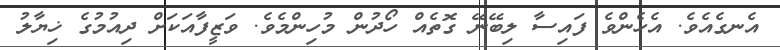
އެނގެއެވެ. އެހެންވެ ފައިސާ ލިބޭނޭ ގޮތެއް ހޯދުން މުހިންމެވެ. ވަޒީފާއަކަށް ދިއުމުގެ ޚިޔާލު